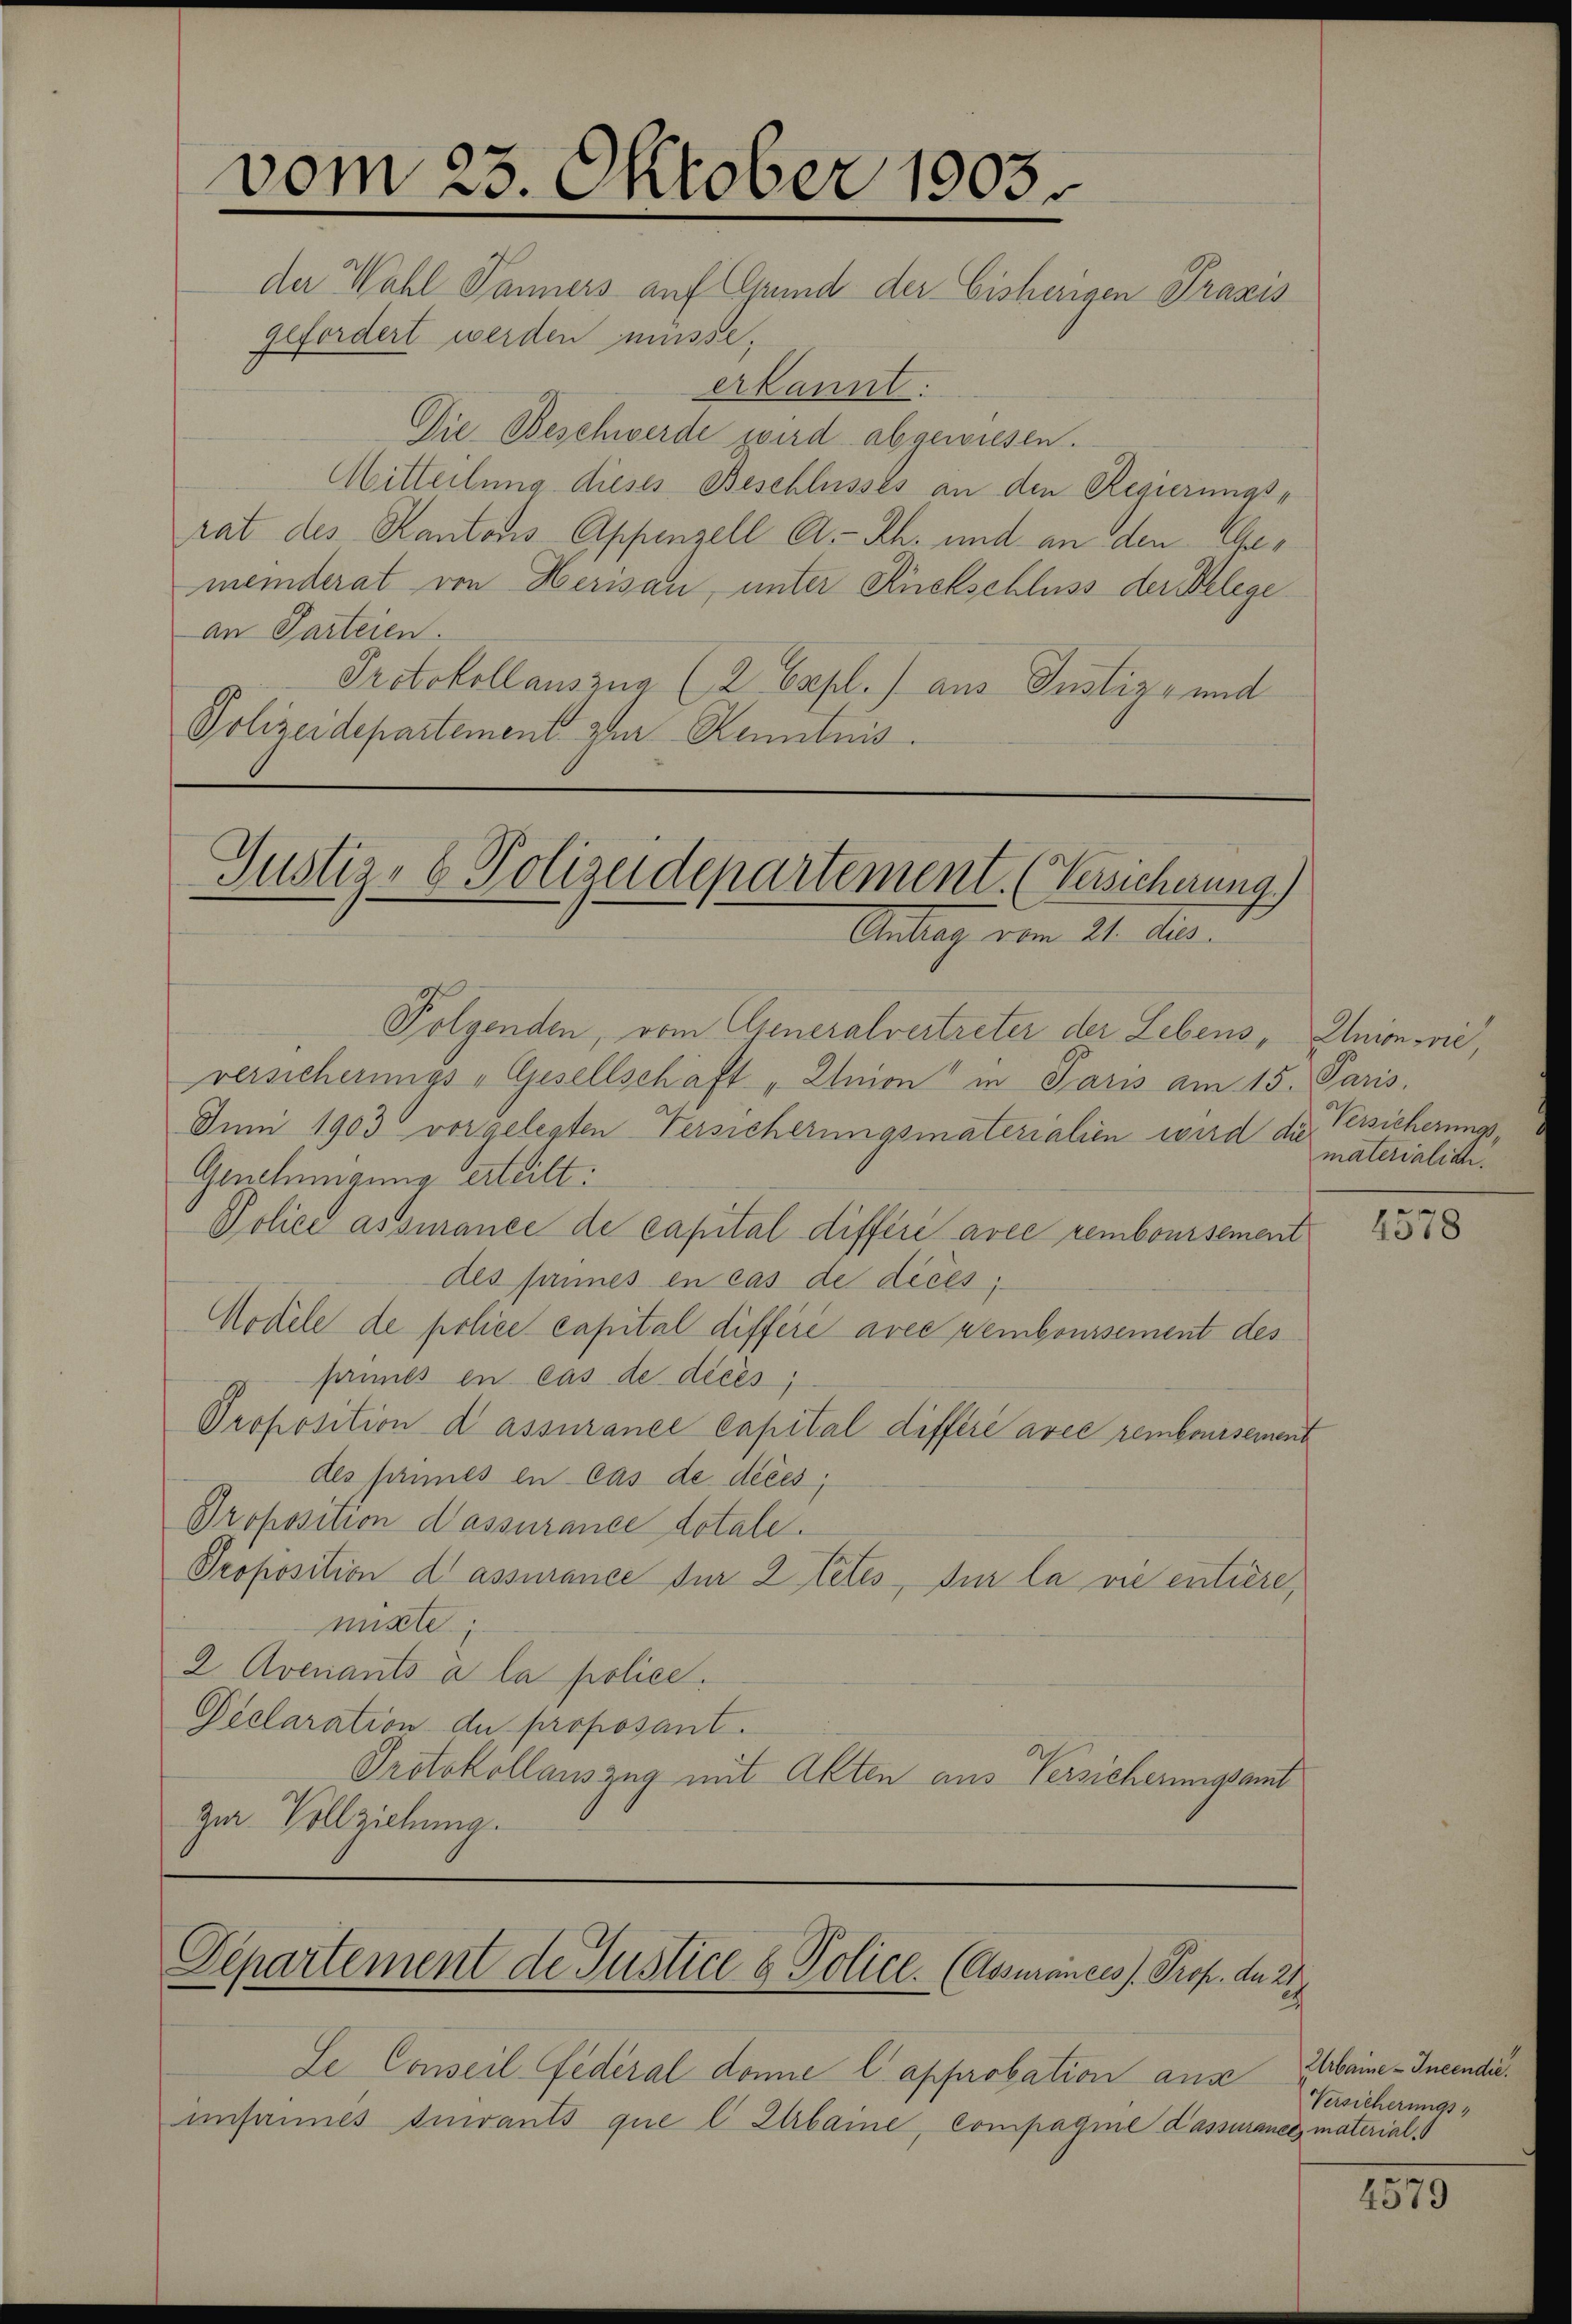
vom 25. Oktober 1903
der Wahl Panners auf Grund der Eisherigen Praxis
gefordert werden müsse,

erkannt:
Die Beschwerde wird abgewiesen.
Mitteilung dieses Beschlusses an den Regierungsrat des Kantons Appenzell A.-Rh. und an den Gemeinderat von Herisau, unter Rückschluss der Belege
an Parteien.
Protokollauszug (2 Capl. aus Justiz- und
Polizeidepartement zur Kenntnis.

Gustiz- & Polizeidepartement. (Versicherung.)
Antag vom 21. ds.

Folgenden, vom Generalvertreter der Lebens, Anion vie
versicherungs-Gesellschaft „Union" in Paris am 15. Paris.
Juni 1903 vorgelegten Versicherungsmaterialien wird die
Genehmigung erteilt:
Police assurance de capital différe avec remboursement
des sannes en cas de dices,
Modele de police capital différé avec remboursement des
sannes en cas de dices
Proposition d assurance Capital différé avec remboursement
des sannes en cas de dices;
Proposition d’assurance dotale.
Proposition di assurance für 2 tetés, sur la vie entière,
mixte;
2. Avenants à la police.
Declaration de proposant.
Protokollauszug mit Akten aus Versicherungsamt
zur Vollziehung.

Departement de Justice & Police. (Assurances h. Prof. d. 28

Se Conseil Federal donne l approbation aus
imsannes durants que l Ibame, compagnie dassuraner material

Versicherungs-
materialidi.

4578

Arbaine Incendie.
Versicherungs-

1579